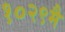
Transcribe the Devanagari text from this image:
१०२९मै